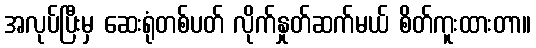
အလုပ်ပြီးမှ ဆေးရုံတစ်ပတ် လိုက်နှုတ်ဆက်မယ် စိတ်ကူးထားတာ။